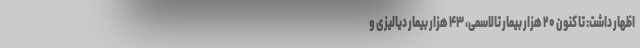
اظهار داشت: تا کنون ۲۰ هزار بیمار تالاسمی، ۴۳ هزار بیمار دیالیزی و